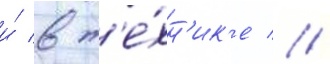
и́ в т'е́хн'ик'е //